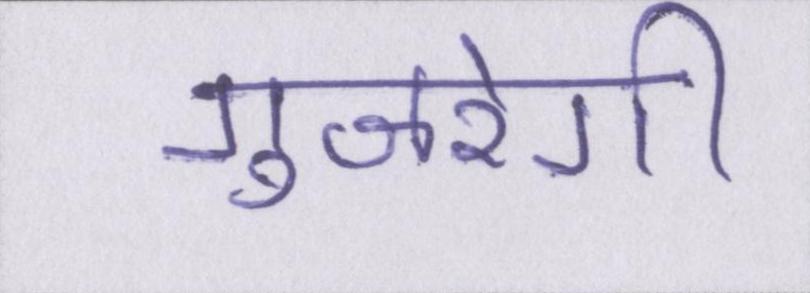
गुजरेगी